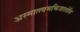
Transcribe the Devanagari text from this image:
अस्मात्त्वमभिजातोसि